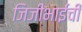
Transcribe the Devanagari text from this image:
जिजीभाईंची